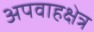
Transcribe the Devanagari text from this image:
अपवाहक्षेत्र